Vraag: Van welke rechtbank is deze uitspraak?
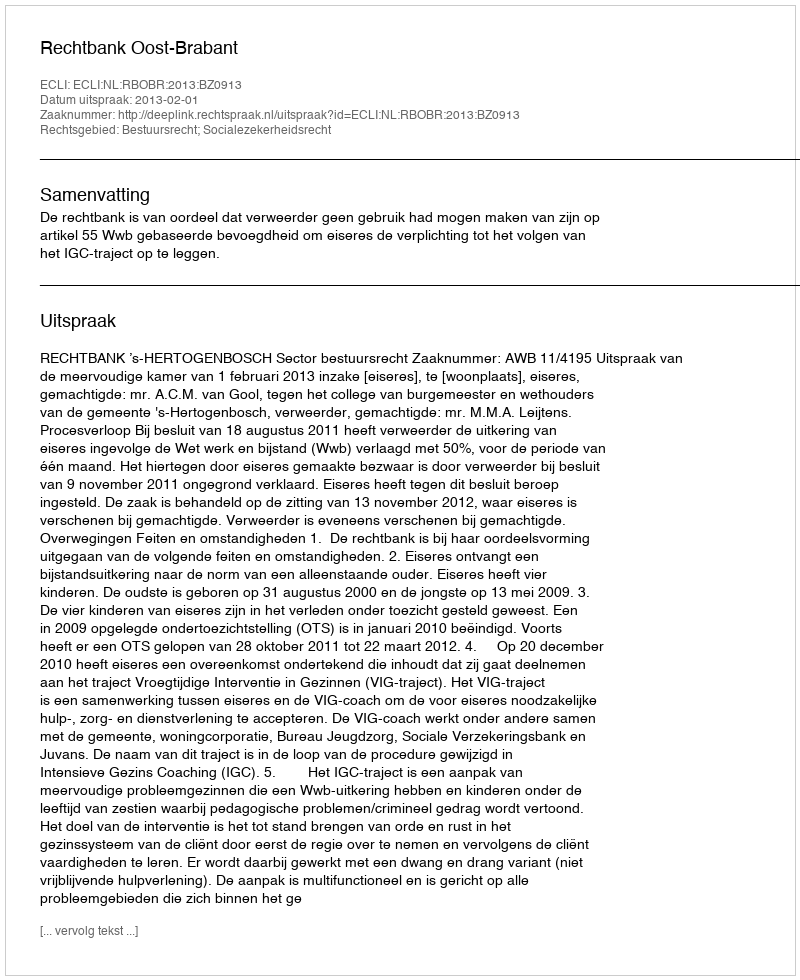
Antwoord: Rechtbank Oost-Brabant